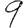
Digit: 9